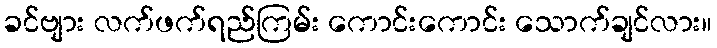
ခင်ဗျား လက်ဖက်ရည်ကြမ်း ကောင်းကောင်း သောက်ချင်လား။